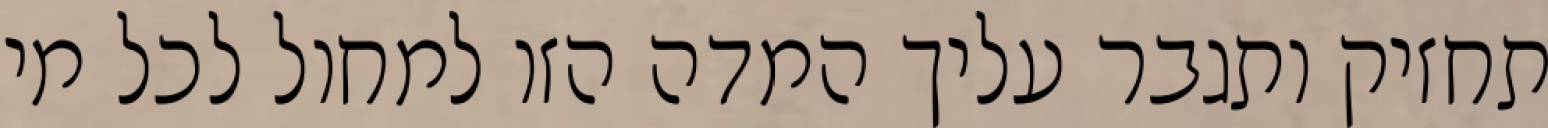
תחזיק ותגבר עליך המדה הזו למחול לכל מי